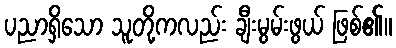
ပညာရှိသော သူတို့ကလည်း ချီးမွမ်းဖွယ် ဖြစ်၏။